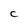
Character: C